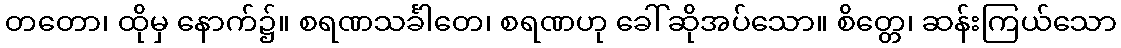
တတော၊ ထိုမှ နောက်၌။ စရဏသင်္ခါတေ၊ စရဏဟု ခေါ်ဆိုအပ်သော။ စိတ္တေ၊ ဆန်းကြယ်သော